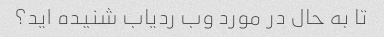
تا به حال در مورد وب ردیاب شنیده اید؟